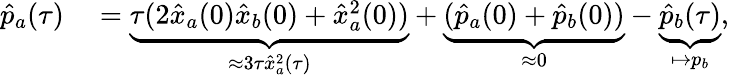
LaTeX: \begin{array}{rl}{\hat{p}_{a}(\tau)}&{{}=\underbrace{\tau(2\hat{x}_{a}(0)\hat{x}_{b}(0)+\hat{x}_{a}^{2}(0))}_{\approx 3\tau\hat{x}_{a}^{2}(\tau)}+\underbrace{(\hat{p}_{a}(0)+\hat{p}_{b}(0))}_{\approx 0}-\underbrace{\hat{p}_{b}(\tau)}_{\mapsto p_{b}},}\end{array}